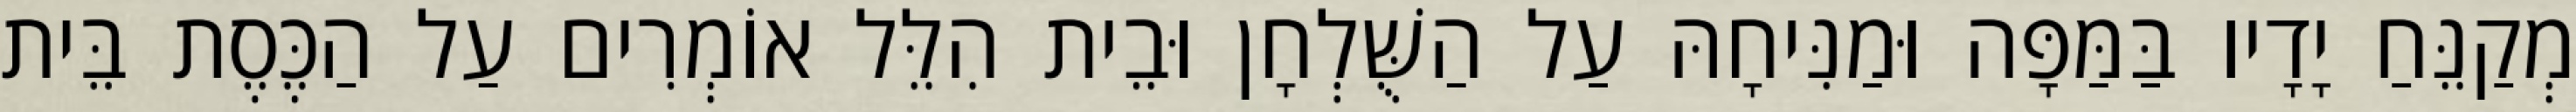
מְקַנֵּחַ יָדָיו בַּמַּפָּה וּמַנִּיחָהּ עַל הַשֻּׁלְחָן וּבֵית הִלֵּל אוֹמְרִים עַל הַכֶּסֶת בֵּית